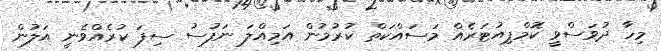
މިހާ ދުވަސްވީ ކޮމްޕިއުޓަރެއް މަސައްކަތް ކުރުމުން އަމިއްލަ ނަފުސު ސިފަ ކުރެެއްވެނީ އަލުން